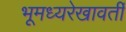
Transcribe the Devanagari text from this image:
भूमध्यरेखावर्ती